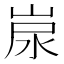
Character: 𡷷